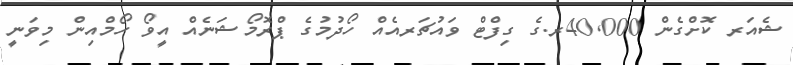
ޝެއަރ ކޮށްގެން 40